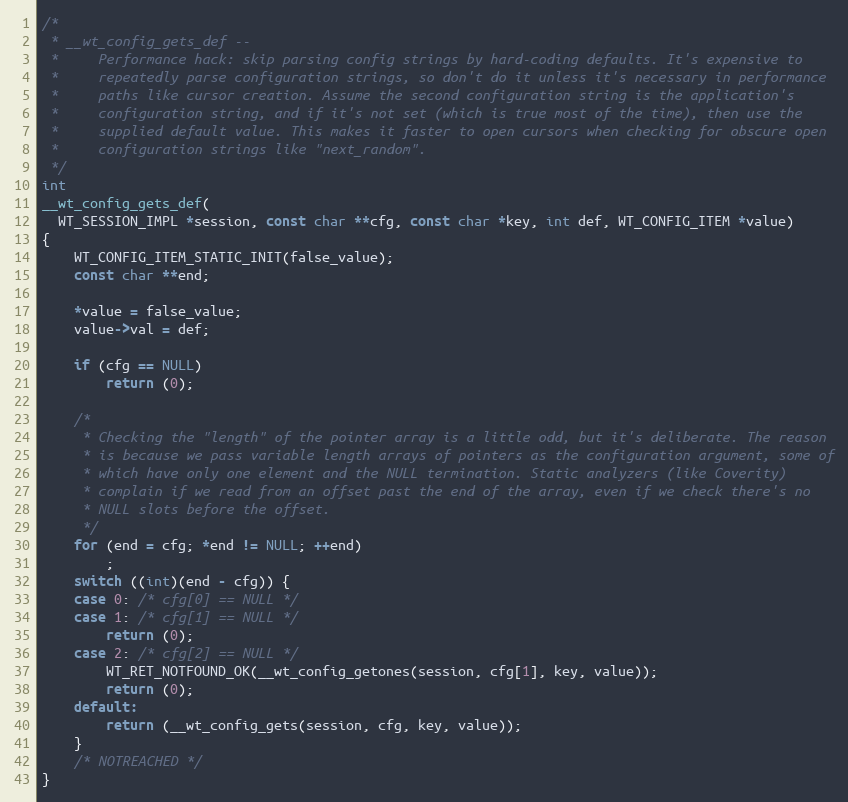
Language: C
/*
 * __wt_config_gets_def --
 *     Performance hack: skip parsing config strings by hard-coding defaults. It's expensive to
 *     repeatedly parse configuration strings, so don't do it unless it's necessary in performance
 *     paths like cursor creation. Assume the second configuration string is the application's
 *     configuration string, and if it's not set (which is true most of the time), then use the
 *     supplied default value. This makes it faster to open cursors when checking for obscure open
 *     configuration strings like "next_random".
 */
int
__wt_config_gets_def(
  WT_SESSION_IMPL *session, const char **cfg, const char *key, int def, WT_CONFIG_ITEM *value)
{
    WT_CONFIG_ITEM_STATIC_INIT(false_value);
    const char **end;

    *value = false_value;
    value->val = def;

    if (cfg == NULL)
        return (0);

    /*
     * Checking the "length" of the pointer array is a little odd, but it's deliberate. The reason
     * is because we pass variable length arrays of pointers as the configuration argument, some of
     * which have only one element and the NULL termination. Static analyzers (like Coverity)
     * complain if we read from an offset past the end of the array, even if we check there's no
     * NULL slots before the offset.
     */
    for (end = cfg; *end != NULL; ++end)
        ;
    switch ((int)(end - cfg)) {
    case 0: /* cfg[0] == NULL */
    case 1: /* cfg[1] == NULL */
        return (0);
    case 2: /* cfg[2] == NULL */
        WT_RET_NOTFOUND_OK(__wt_config_getones(session, cfg[1], key, value));
        return (0);
    default:
        return (__wt_config_gets(session, cfg, key, value));
    }
    /* NOTREACHED */
}